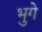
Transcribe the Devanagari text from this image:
भुगे